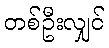
တစ်ဦးလျှင်